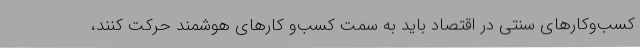
کسب‌وکارهای سنتی در اقتصاد باید به سمت کسب‌و کارهای هوشمند حرکت کنند،